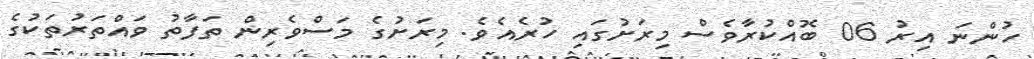
ހުންނަ އިރު 06 ބޮއްކުރާވެސް މިރަށުގައި ހުރެއެވެ. މިރަށުގެ މަސްވެރިން ތަފާތު ވައްތަރުތަކުގެ